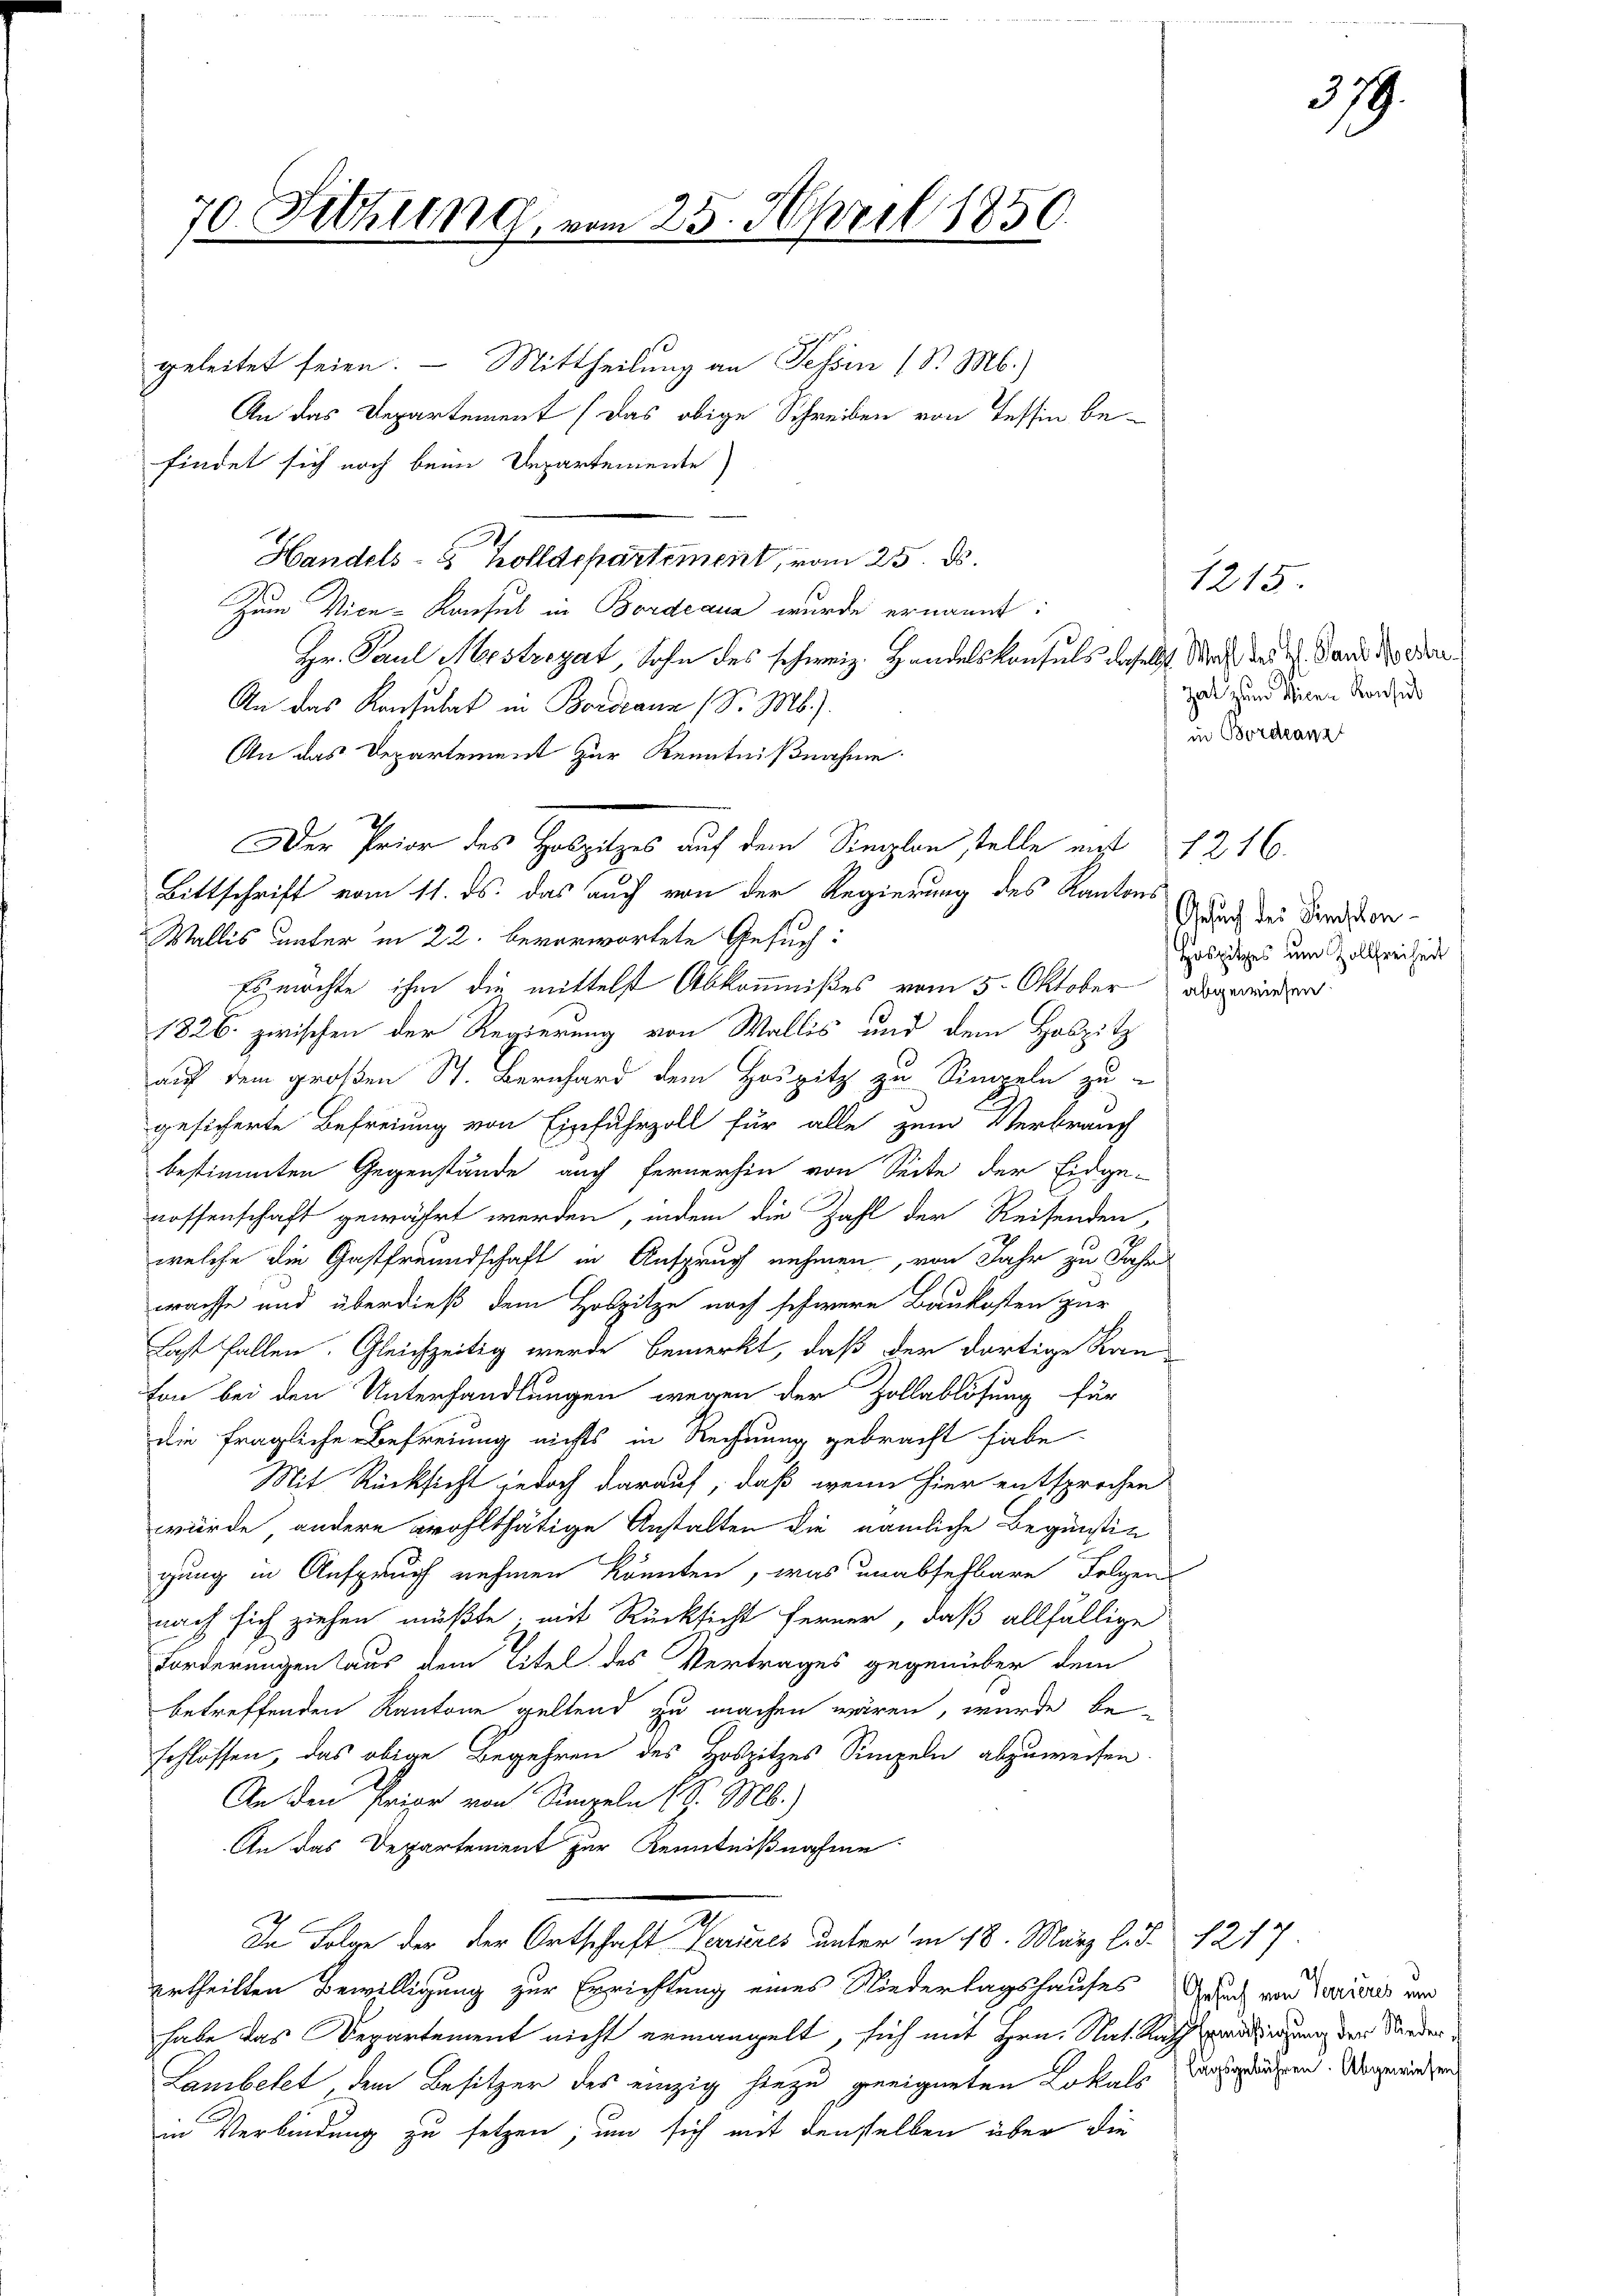
70. Sitzung

geleitet seien. — Mittheilung an Tessin 1 S. M.)
An das Departement (das obige Schreiben von Tessin be-
findet sich noch beim Departemente)
Handels- & Zolldepartement, vom 25. ds.
Zum Vice-Konsul in Bordeaus wurde ernannt:
Hr. Paul Nestregat, Sohn des schweiz. Handelskonfels daselbst doch der 4. Sand der oder
An das Konsulat in Bordraun (S. M.)
An das Departement zur Kenntnißnahme
Bittschrift vom 11. ds. das auch von der Regierung des Kantons
Wallis unter in 22. bevorwortete Gesuch:
Es möchte ihm die mittelst Abkommnißes vom 5. Oktober abgewieser
1826. zwischen der Regierung von Wallis und dem Hospitz
auf dem großen St. Bernhard dem Hospitz zu Simpeln zu-
gesicherte Befreiung von Einfuhrzoll für alle zum Verbrauch
bestimmten Gegenstände auch fernerhin von Seite der Eidge-
nossenschaft gewährt werden, indem die Zahl der Reisenden,
welche die Gastfreundschaft in Anspruch nehmen, von Jahr zu Jahr
rachte und überdieß dem Holzitze noch schwere Baukosten zur
Last fallen. Gleichzeitig wurde bemerkt, daß der dortige Kran
ton bei den Unterhandlungen wegen der Zollablösung für
die fragliche Befreiung nichts in Rechnung gebracht habe.
Mit Rücksicht jedoch darauf, daß wenn hier entsprochen
würde andere wohlthätige Anstalten die nämliche Begünstig
gung in Anspruch nehmen könnten, was unabsehbare Folgen
nach sich ziehen müßte; mit Rücksicht ferner, daß allfällige
Forderungen aus dem Titel des Vertrages gegenüber dem
betreffenden Kantone geltend zu machen wären, wurde be-
schlossen, das obige Begehren des Hospitzes Sempeln abzuweisen.
An den Prise von Regeln 1 J. M.)
An das Departement zur Kenntnißnahme
In Folge der der Ortschaft Varieres unterm 18. März l. d. 1217
ertheilten Bewilligung zur Errichtung eines Niederlagshauses doch von Trieres von
habe das Departement nicht ermangelt, sich mit Hrn. Nat. Rath warderung der Kinder
Lambetet dem Besitzer des einzig hiezu geeigneten Lokals
in Verbindung zu setzen, um sich mit denselben über die

Der Prior des Holzitzes auf dem Sieglen stelle mit

vom 25. April 1856.

zal zum Teilen Konsu
in Bordranz

1215.

Gesuch des Semschon
Hospitzes um Zollfreiheit

1216.

lagsgebühren. Abgewiesen

379.